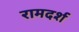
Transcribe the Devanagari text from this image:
रामदर्श